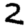
Digit: 2